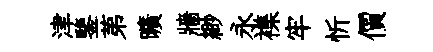
津鑒苐曠牆緲永襍牢忻價